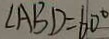
\angle A B D = 6 0 ^ { \circ }